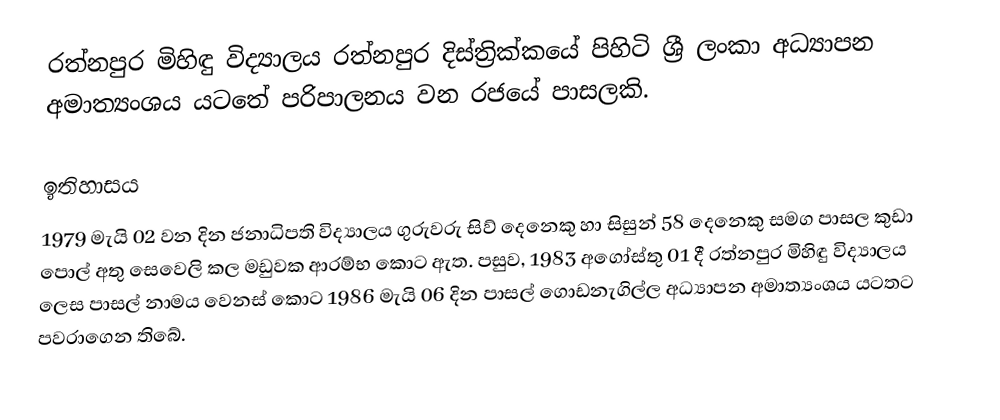
රත්නපුර මිහිඳු විද්‍යාලය රත්නපුර දිස්ත්‍රික්කයේ පිහිටි ශ්‍රී ලංකා අධ්‍යාපන අමාත්‍යංශය යටතේ පරිපාලනය වන රජයේ පාසලකි.

ඉතිහාසය
1979 මැයි 02 වන දින ජනාධිපති විද්‍යාලය ගුරුවරු සිව් දෙනෙකු හා සිසුන් 58 දෙනෙකු සමග පාසල කුඩා පොල් අතු සෙවෙලි කල මඩුවක ආරම්භ කොට ඇත. පසුව, 1983 අගෝස්තු 01 දී රත්නපුර මිහිඳු විද්‍යාලය ලෙස පාසල් නාමය වෙනස් කොට 1986 මැයි 06 දින පාසල් ගොඩනැගිල්ල අධ්‍යාපන අමාත්‍යංශය යටතට පවරාගෙන තිබේ.